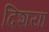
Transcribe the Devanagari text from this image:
दिशया